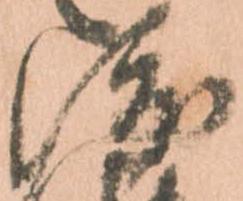
渡